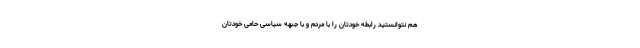
هم نتوانستید رابطه خودتان را با مردم و با جبهه سیاسی حامی خودتان